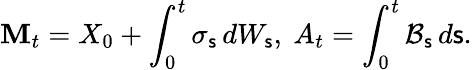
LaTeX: \mathbf{M}_{t}=X_{0}+\int_{0}^{t}\sigma_{\mathsf{s}}\, dW_{\mathsf{s}},\ A_{t}=\int_{0}^{t}\mathcal{B}_{\mathsf{s}}\, d\mathsf{s}.